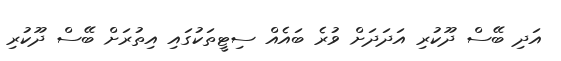
އަދި ބޭސް ދޫކުރި އަދަދަށް ވުރެ ބައެއް ސިޓީތަކުގައި އިތުރަށް ބޭސް ދޫކުރި